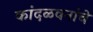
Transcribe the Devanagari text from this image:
कांदळवनांचे